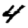
Digit: 4